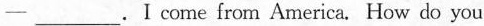
一___.I come from America. How do you